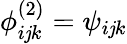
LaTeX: \phi_{i\mathit{j}k}^{(2)}=\psi_{i\mathit{j}k}